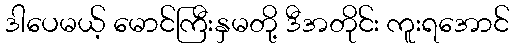
ဒါပေမယ့် မောင်ကြီးနှမတို့ ဒီအတိုင်း ကူးရအောင်